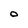
Character: O